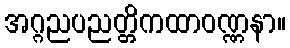
အဂ္ဂညပညတ္တိကထာဝဏ္ဏနာ။